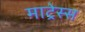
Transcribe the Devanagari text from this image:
माट्रेस्स